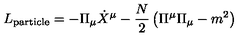
L _ { \mathrm { p a r t i c l e } } = - \Pi _ { \mu } \dot { X } ^ { \mu } - \frac { N } { 2 } \left( \Pi ^ { \mu } \Pi _ { \mu } - m ^ { 2 } \right)